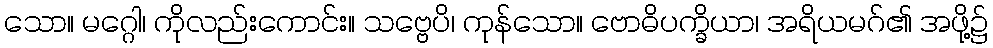
သော။ မဂ္ဂေါ၊ ကိုလည်းကောင်း။ သဗ္ဗေပိ၊ ကုန်သော။ ဗောဓိပက္ခိယာ၊ အရိယမဂ်၏ အဖို့၌